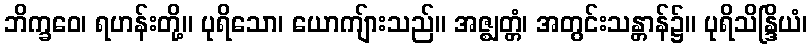
ဘိက္ခဝေ၊ ရဟန်းတို့။ ပုရိသော၊ ယောကျ်ားသည်။ အဇ္ဈတ္တံ၊ အတွင်းသန္တာန်၌။ ပုရိသိန္ဒြိယံ၊